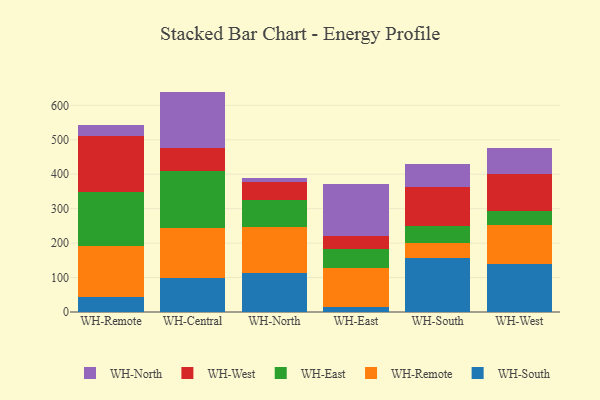
{"axis": {"x": "Warehouse", "y": "Market Share (%)"}, "legend": ["WH-East", "WH-North", "WH-Remote", "WH-South", "WH-West"], "data": [{"x": "WH-Remote", "y": 44.2, "type": "WH-South"}, {"x": "WH-Remote", "y": 148.3, "type": "WH-Remote"}, {"x": "WH-Remote", "y": 155.7, "type": "WH-East"}, {"x": "WH-Remote", "y": 164.2, "type": "WH-West"}, {"x": "WH-Remote", "y": 29.9, "type": "WH-North"}, {"x": "WH-Central", "y": 98.7, "type": "WH-South"}, {"x": "WH-Central", "y": 146.2, "type": "WH-Remote"}, {"x": "WH-Central", "y": 163.1, "type": "WH-East"}, {"x": "WH-Central", "y": 67.4, "type": "WH-West"}, {"x": "WH-Central", "y": 164.5, "type": "WH-North"}, {"x": "WH-North", "y": 112.7, "type": "WH-South"}, {"x": "WH-North", "y": 134.3, "type": "WH-Remote"}, {"x": "WH-North", "y": 77.7, "type": "WH-East"}, {"x": "WH-North", "y": 54.2, "type": "WH-West"}, {"x": "WH-North", "y": 11.0, "type": "WH-North"}, {"x": "WH-East", "y": 15.2, "type": "WH-South"}, {"x": "WH-East", "y": 113.7, "type": "WH-Remote"}, {"x": "WH-East", "y": 53.4, "type": "WH-East"}, {"x": "WH-East", "y": 37.6, "type": "WH-West"}, {"x": "WH-East", "y": 151.9, "type": "WH-North"}, {"x": "WH-South", "y": 157.5, "type": "WH-South"}, {"x": "WH-South", "y": 42.7, "type": "WH-Remote"}, {"x": "WH-South", "y": 48.5, "type": "WH-East"}, {"x": "WH-South", "y": 113.6, "type": "WH-West"}, {"x": "WH-South", "y": 68.0, "type": "WH-North"}, {"x": "WH-West", "y": 139.2, "type": "WH-South"}, {"x": "WH-West", "y": 114.8, "type": "WH-Remote"}, {"x": "WH-West", "y": 38.0, "type": "WH-East"}, {"x": "WH-West", "y": 107.5, "type": "WH-West"}, {"x": "WH-West", "y": 77.8, "type": "WH-North"}]}